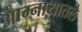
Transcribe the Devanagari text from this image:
आम्नायातले